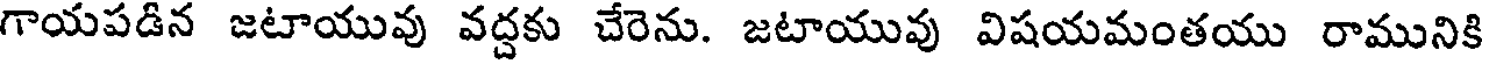
గాయపడిన జటాయువు వద్దకు చేరెను. జటాయువు విషయమంతయు రామునికి